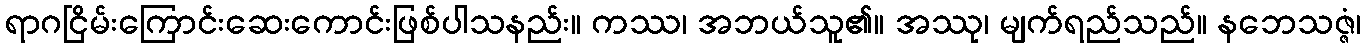
ရာဂငြိမ်းကြောင်းဆေးကောင်းဖြစ်ပါသနည်း။ ကဿ၊ အဘယ်သူ၏။ အဿု၊ မျက်ရည်သည်။ နဘေသဇ္ဇံ၊